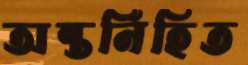
অন্তর্নিহিত